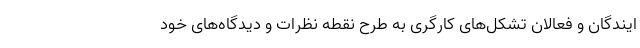
ایندگان و فعالان تشکل‌های کارگری به طرح‌ نقطه نظرات و دیدگاه‌های خود